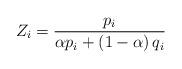
LaTeX: \begin{align*}Z_{i}=\frac{p_{i}}{\alpha p_{i}+\left(1-\alpha\right)q_{i}}\end{align*}